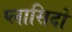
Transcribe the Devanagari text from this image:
प्लासिदो